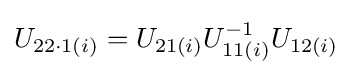
U_{22\cdot 1(i)}=U_{21(i)}U_{11(i)}^{-1}U_{12(i)}